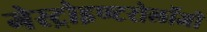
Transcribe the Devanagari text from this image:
गेस्ट्रोइण्टरोलॉजी